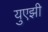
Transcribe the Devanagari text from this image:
युएझी